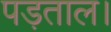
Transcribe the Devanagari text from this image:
पड़ताल।